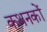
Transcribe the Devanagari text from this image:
कथनकों